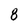
Character: 8